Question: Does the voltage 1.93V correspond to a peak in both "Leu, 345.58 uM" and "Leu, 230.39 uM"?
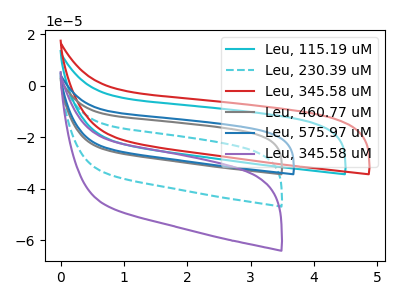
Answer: <think>The cyan curve "Leu, 115.19 uM" has no peaks. The cyan dashed curve "Leu, 230.39 uM" has no peaks. The red curve "Leu, 345.58 uM" has no peaks. The gray curve "Leu, 460.77 uM" has no peaks. The blue curve "Leu, 575.97 uM" has no peaks. The purple curve "Leu, 345.58 uM" has no peaks.</think>
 <answer>No, "Leu, 345.58 uM" and "Leu, 230.39 uM" dont share a peak at 1.93V.</answer>
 <eval>mismatch</eval>